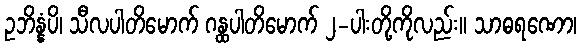
ဥဘိန္နံပိ၊ သီလပါတိမောက် ဂန္ထပါတိမောက် ၂-ပါးတို့ကိုလည်း။ သာဓရဏော၊